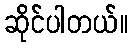
ဆိုင်ပါတယ်။